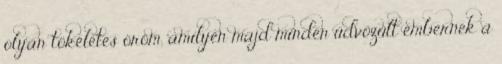
olyan tökéletes öröm, amilyen majd minden üdvözült embernek a